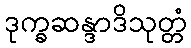
ဒုက္ခဆန္ဒာဒိသုတ္တံ